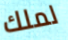
لملك